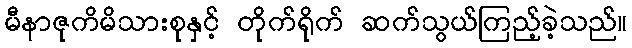
မီနာဇုကိမိသားစုနှင့် တိုက်ရိုက် ဆက်သွယ်ကြည့်ခဲ့သည်။